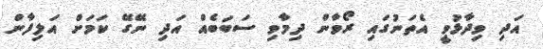
އަދި ވިދާޅުވީ އެތަނުގައި ރޯވާން ދިމާވި ސަބަބެއް އަދި ނޭގޭ ކަމަށް އަލިފާން